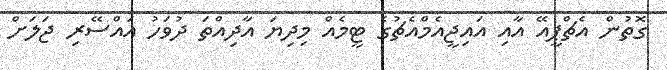
ގޮތުން އެޗްޕީއޭ އާއި އައިޖީއެމްއެޗުގެ ޓީމެއް މިދިޔަ އާދިއްތަ ދުވަހު އައްސޭރި ޖަލަށް